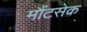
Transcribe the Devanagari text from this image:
मौंटसेक